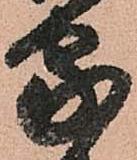
家